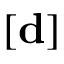
[ \mathbf { d } ]